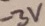
Text: -3V